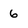
Character: 6